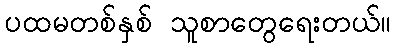
ပထမတစ်နှစ် သူစာတွေရေးတယ်။